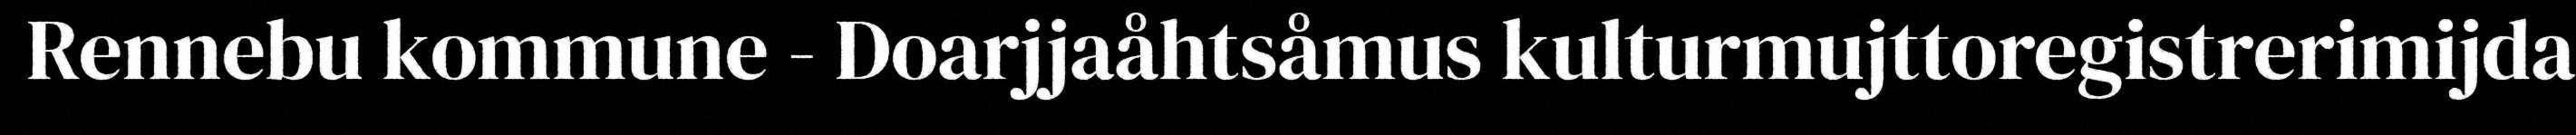
Rennebu kommune - Doarjjaåhtsåmus kulturmujttoregistrerimijda